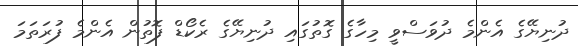
ދުނިޔޭގެ އެންމެ ދުވަސްވީ މިހާގެ ގޮތުގައި ދުނިޔޭގެ ރެކޯޑް ފޮތުން އެންމެ ފުރަތަމަ